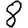
Digit: 8